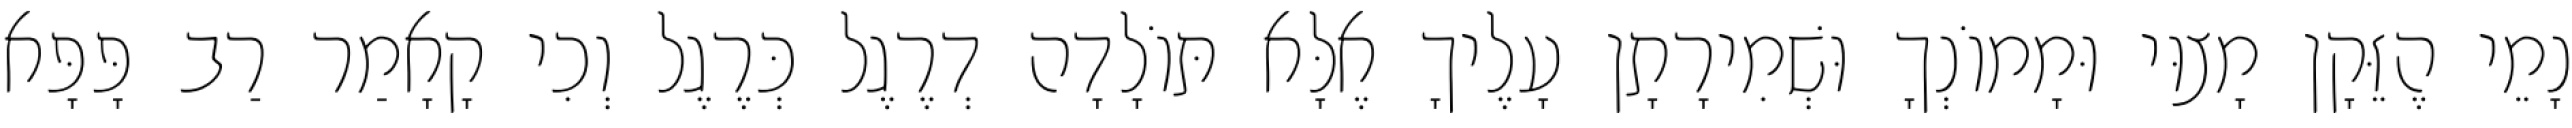
נָמֵי הֶזֵּקָן מָצוּי וּמָמוֹנְךָ וּשְׁמִירָתָן עָלֶיךָ אֶלָּא תּוֹלָדָה דְרֶגֶל כְּרֶגֶל וְכִי קָאָמַר רַב פָּפָּא